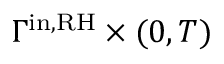
\Gamma ^ { \mathrm { i n , R H } } \times ( 0 , T )